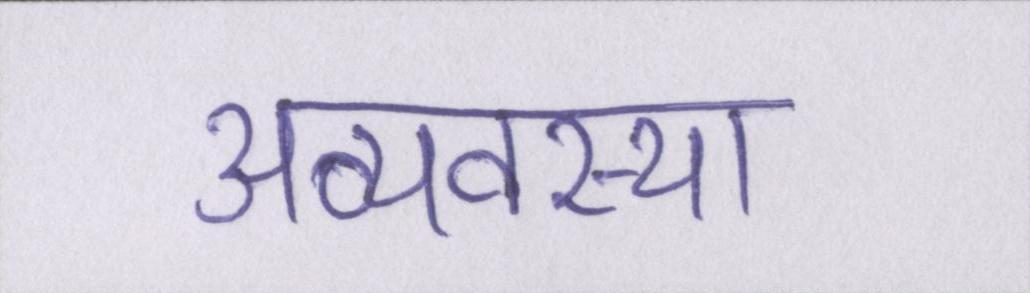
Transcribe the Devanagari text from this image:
अव्यवस्था